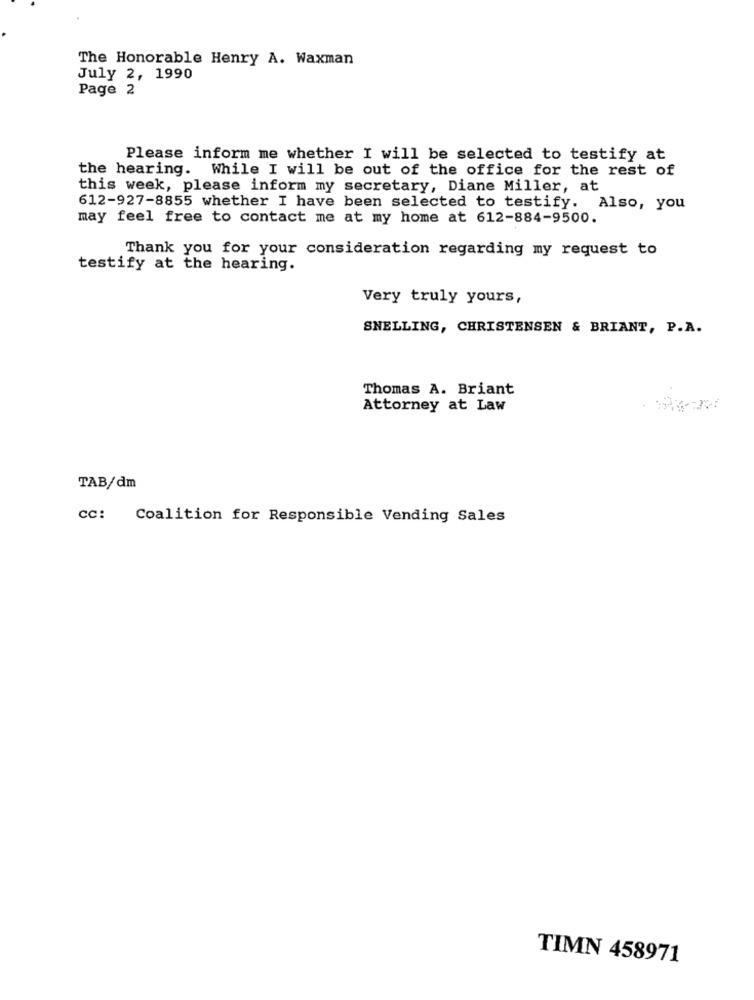
The Honorable Henry A. Waxman
July 2, 1990
Page 2
Please inform me whether I will be selected to testify at
the hearing. While I will be out of the office for the rest of
this week, please inform my secretary, Diane Miller, at
612-927-8855 whether I have been selected to testify. Also, you
may feel free to contact me at my home at 612-884-9500.
Thank you for your consideration regarding my request to
testify at the hearing.
Very truly yours,
SNELLING, CHRISTENSEN & BRIANT, P.A.
Thomas A. Briant
Attorney at Law
TAB/dm
cc: Coalition for Responsible Vending Sales
TIMN 458971